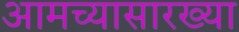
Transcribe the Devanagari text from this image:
आमच्यासारख्या